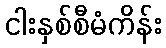
ငါးနှစ်စီမံကိန်း